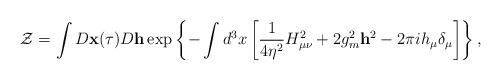
LaTeX: \begin{align*}{\cal Z}=\int D{\bf x}(\tau)D{\bf h}\exp\left\{-\int d^3x\left[\frac{1}{4\eta^2}H_{\mu\nu}^2+2g_m^2{\bf h}^2-2\pi ih_\mu\delta_\mu\right]\right\},\end{align*}